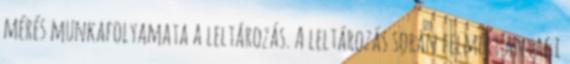
mérés munkafolyamata a leltározás. A leltározás során felmért anyagi